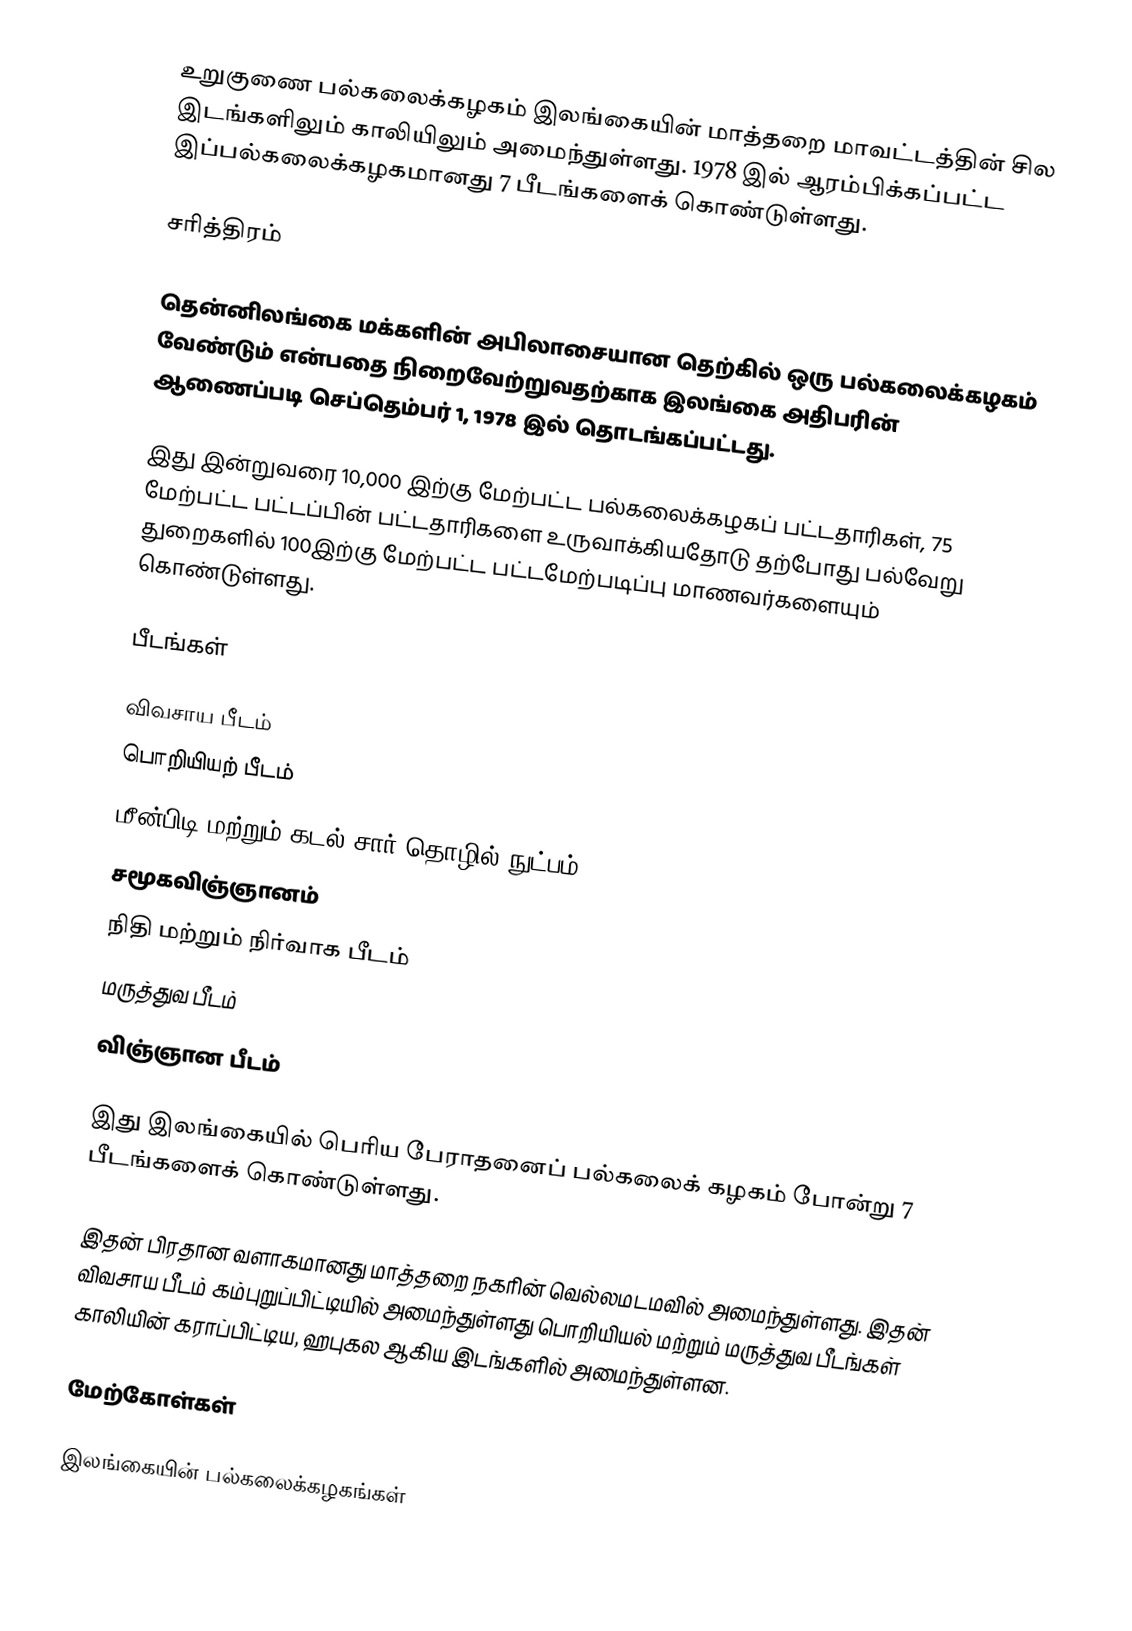
உறுகுணை பல்கலைக்கழகம் இலங்கையின் மாத்தறை மாவட்டத்தின் சில இடங்களிலும் காலியிலும் அமைந்துள்ளது. 1978 இல் ஆரம்பிக்கப்பட்ட இப்பல்கலைக்கழகமானது 7 பீடங்களைக் கொண்டுள்ளது.

சரித்திரம்

தென்னிலங்கை மக்களின் அபிலாசையான தெற்கில் ஒரு பல்கலைக்கழகம் வேண்டும் என்பதை நிறைவேற்றுவதற்காக இலங்கை அதிபரின் ஆணைப்படி செப்தெம்பர் 1, 1978 இல் தொடங்கப்பட்டது.

இது இன்றுவரை 10,000 இற்கு மேற்பட்ட பல்கலைக்கழகப் பட்டதாரிகள், 75 மேற்பட்ட பட்டப்பின் பட்டதாரிகளை உருவாக்கியதோடு தற்போது பல்வேறு துறைகளில் 100இற்கு மேற்பட்ட பட்டமேற்படிப்பு மாணவர்களையும் கொண்டுள்ளது.

பீடங்கள்

விவசாய பீடம்
பொறியியற் பீடம்
மீன்பிடி மற்றும் கடல் சார் தொழில் நுட்பம்
சமூகவிஞ்ஞானம்
நிதி மற்றும் நிர்வாக பீடம்
மருத்துவ பீடம்
விஞ்ஞான பீடம்

இது இலங்கையில் பெரிய பேராதனைப் பல்கலைக் கழகம் போன்று 7 பீடங்களைக் கொண்டுள்ளது.

இதன் பிரதான வளாகமானது மாத்தறை நகரின் வெல்லமடமவில் அமைந்துள்ளது. இதன் விவசாய பீடம் கம்புறுப்பிட்டியில் அமைந்துள்ளது பொறியியல் மற்றும் மருத்துவ பீடங்கள் காலியின் கராப்பிட்டிய, ஹபுகல ஆகிய இடங்களில் அமைந்துள்ளன.

மேற்கோள்கள்

இலங்கையின் பல்கலைக்கழகங்கள்